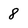
Character: 8